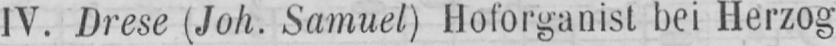
IV. Drese (Joh. Samuel) Hoforganist bei Herzog